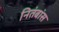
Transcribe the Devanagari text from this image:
नितंबांस